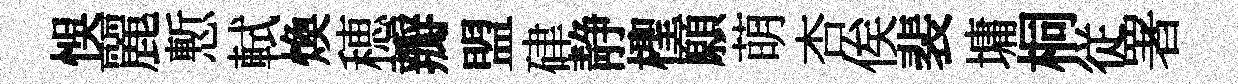
悞麗慙軾煥穂瓣盟硉静檉願萌杏俟裴墉桐従署